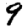
Digit: 9